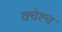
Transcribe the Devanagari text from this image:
क्चेह्च